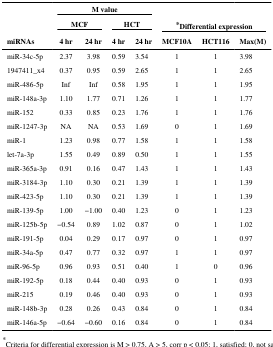
<table><thead><tr><td></td><td colspan="4"><b>M value</b></td><td></td><td></td><td></td></tr><tr><td></td><td colspan="2"><b>MCF</b></td><td colspan="2"><b>HCT</b></td><td colspan="3"><b>*Differential expression</b></td></tr><tr><td><b>miRNAs</b></td><td><b>4 hr</b></td><td><b>24 hr</b></td><td><b>4 hr</b></td><td><b>24 hr</b></td><td><b>MCF10A</b></td><td><b>HCT116</b></td><td><b>Max(M)</b></td></tr></thead><tbody><tr><td>miR-34c-5p</td><td>2.37</td><td>3.98</td><td>0.59</td><td>3.54</td><td>1</td><td>1</td><td>3.98</td></tr><tr><td>1947411_x4</td><td>0.37</td><td>0.95</td><td>0.59</td><td>2.65</td><td>1</td><td>1</td><td>2.65</td></tr><tr><td>miR-486-5p</td><td>Inf</td><td>Inf</td><td>0.58</td><td>1.95</td><td>1</td><td>1</td><td>1.95</td></tr><tr><td>miR-148a-3p</td><td>1.10</td><td>1.77</td><td>0.71</td><td>1.26</td><td>1</td><td>1</td><td>1.77</td></tr><tr><td>miR-152</td><td>0.33</td><td>0.85</td><td>0.23</td><td>1.76</td><td>1</td><td>1</td><td>1.76</td></tr><tr><td>miR-1247-3p</td><td>NA</td><td>NA</td><td>0.53</td><td>1.69</td><td>0</td><td>1</td><td>1.69</td></tr><tr><td>miR-1</td><td>1.23</td><td>0.98</td><td>0.77</td><td>1.58</td><td>1</td><td>1</td><td>1.58</td></tr><tr><td>let-7a-3p</td><td>1.55</td><td>0.49</td><td>0.89</td><td>0.50</td><td>1</td><td>1</td><td>1.55</td></tr><tr><td>miR-365a-3p</td><td>0.91</td><td>0.16</td><td>0.47</td><td>1.43</td><td>1</td><td>1</td><td>1.43</td></tr><tr><td>miR-3184-3p</td><td>1.10</td><td>0.30</td><td>0.21</td><td>1.39</td><td>1</td><td>1</td><td>1.39</td></tr><tr><td>miR-423-5p</td><td>1.10</td><td>0.30</td><td>0.21</td><td>1.39</td><td>1</td><td>1</td><td>1.39</td></tr><tr><td>miR-139-5p</td><td>1.00</td><td>−1.00</td><td>0.40</td><td>1.23</td><td>0</td><td>1</td><td>1.23</td></tr><tr><td>miR-125b-5p</td><td>−0.54</td><td>0.89</td><td>1.02</td><td>0.87</td><td>0</td><td>1</td><td>1.02</td></tr><tr><td>miR-191-5p</td><td>0.04</td><td>0.29</td><td>0.17</td><td>0.97</td><td>0</td><td>1</td><td>0.97</td></tr><tr><td>miR-34a-5p</td><td>0.47</td><td>0.77</td><td>0.32</td><td>0.97</td><td>1</td><td>1</td><td>0.97</td></tr><tr><td>miR-96-5p</td><td>0.96</td><td>0.93</td><td>0.51</td><td>0.40</td><td>1</td><td>0</td><td>0.96</td></tr><tr><td>miR-192-5p</td><td>0.18</td><td>0.44</td><td>0.40</td><td>0.93</td><td>0</td><td>1</td><td>0.93</td></tr><tr><td>miR-215</td><td>0.19</td><td>0.46</td><td>0.40</td><td>0.93</td><td>0</td><td>1</td><td>0.93</td></tr><tr><td>miR-148b-3p</td><td>0.28</td><td>0.26</td><td>0.43</td><td>0.84</td><td>0</td><td>1</td><td>0.84</td></tr><tr><td>miR-146a-5p</td><td>−0.64</td><td>−0.60</td><td>0.16</td><td>0.84</td><td>0</td><td>1</td><td>0.84</td></tr></tbody></table>